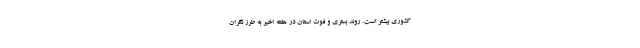
کشوری بیشتر است. روند بستری و فوت استان در هفته اخیر به طرز نگران